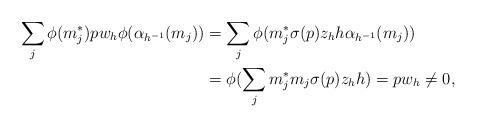
LaTeX: \begin{align*}\sum_j\phi(m_j^*)pw_h\phi(\alpha_{h^{-1}}(m_j))&=\sum_j\phi(m_j^*\sigma(p)z_hh\alpha_{h^{-1}}(m_j))\\&=\phi(\sum_jm_j^*m_j\sigma(p)z_hh)=pw_h\ne 0,\end{align*}